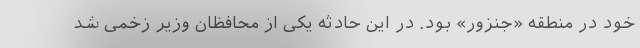
خود در منطقه «جنزور» بود. در این حادثه یکی از محافظان وزیر زخمی شد